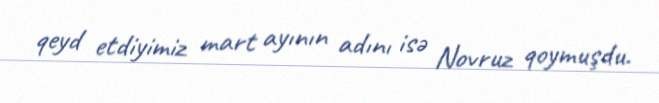
qeyd etdiyimiz mart ayının adını isə Novruz qoymuşdu.